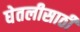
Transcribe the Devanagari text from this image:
घेतलीसाठी